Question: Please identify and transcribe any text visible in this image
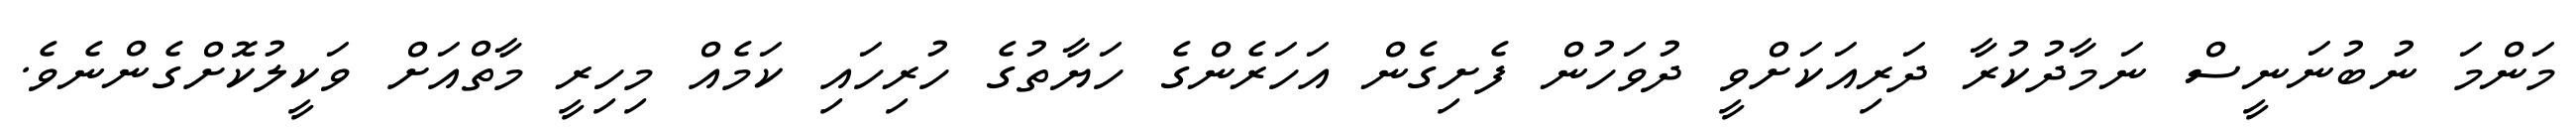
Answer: މަންމަ ނުބުނަނީސް ނަމާދުކުރާ ދަރިއަކަށްވީ ދުވަހުން ފެށިގެން އަހަރެންގެ ހަޔާތުގެ ހުރިހައި ކަމެއް މިހިރީ މާތްއަށް ވަކީލުކޮށްގެންނެވެ.